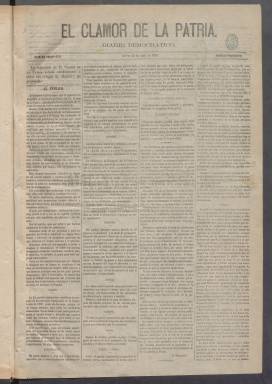
Título: El Clamor de la patria
Otros títulos: El Grito de la patria || El Grito de la patria
Colección: Periódicos
Ámbito geográfico: Madrid
Lugar de publicación: Madrid
Fechas: 25/04/1878-25/12/1881